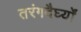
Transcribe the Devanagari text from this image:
तरंगदैर्घ्यों